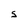
Character: S